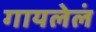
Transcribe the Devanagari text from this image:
गायलेलं